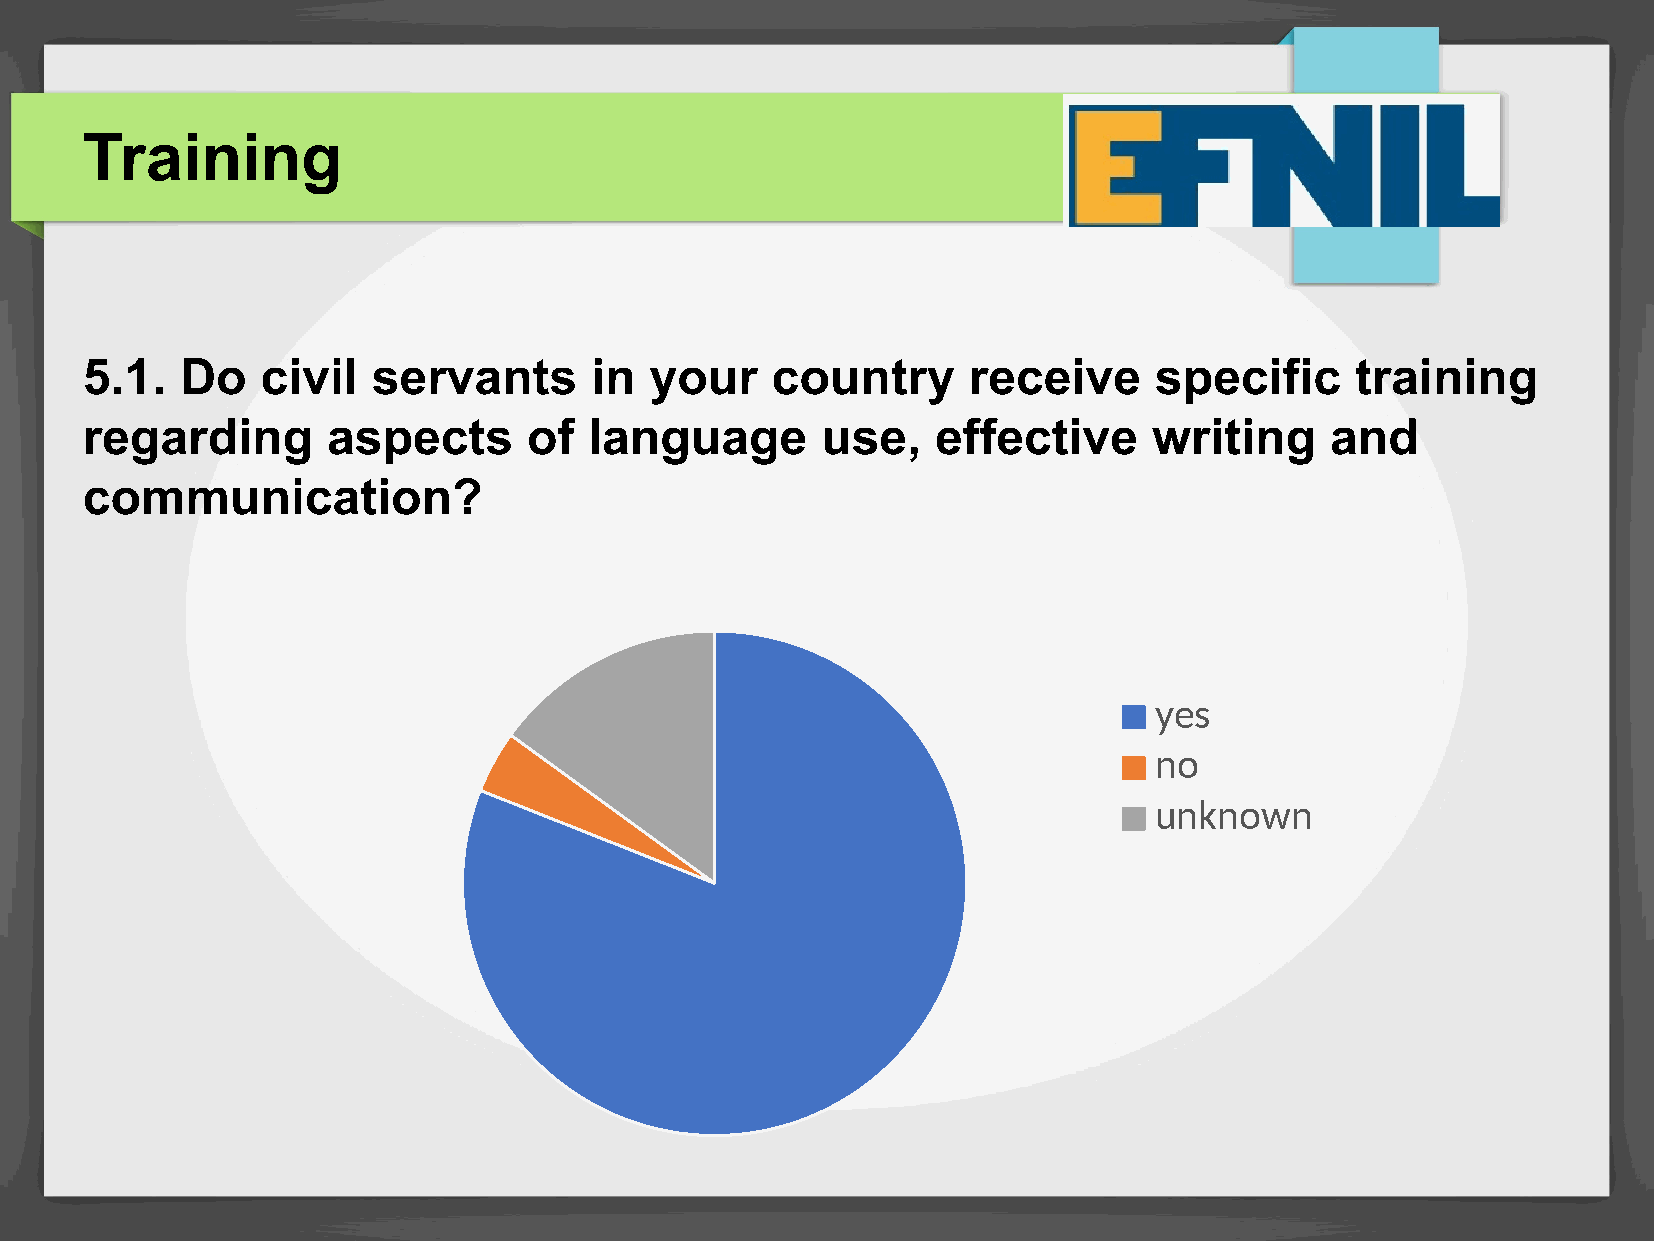
Training
 5.1.   Do   civil   servants      in  your    country      receive     specific      training
 regarding        aspects      of  language       use,    effective     writing     and
 communication?
 yes
 no
 unknown